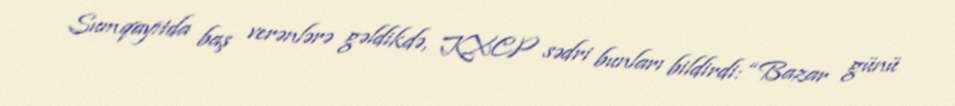
Sumqayıtda baş verənlərə gəldikdə, KXCP sədri bunları bildirdi: “Bazar günü